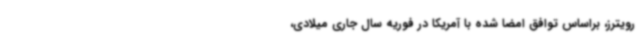
رویترز، براساس توافق امضا شده با آمریکا در فوریه سال جاری میلادی،